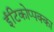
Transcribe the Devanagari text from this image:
ईटिकोप्पक्का